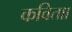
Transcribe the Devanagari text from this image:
कविताा